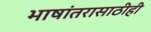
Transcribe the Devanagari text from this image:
भाषांतरासाठीही